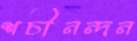
শচীনন্দন